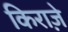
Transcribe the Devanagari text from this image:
किराज़े